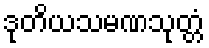
ဒုတိယသမဏသုတ္တံ